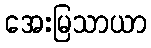
အေးမြသာယာ